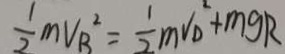
\frac { 1 } { 2 } m v _ { B } ^ { 2 } = \frac { 1 } { 2 } m v _ { D } ^ { 2 } + m g R